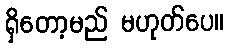
ရှိတော့မည် မဟုတ်ပေ။